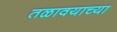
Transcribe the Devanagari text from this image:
तळावयाच्या